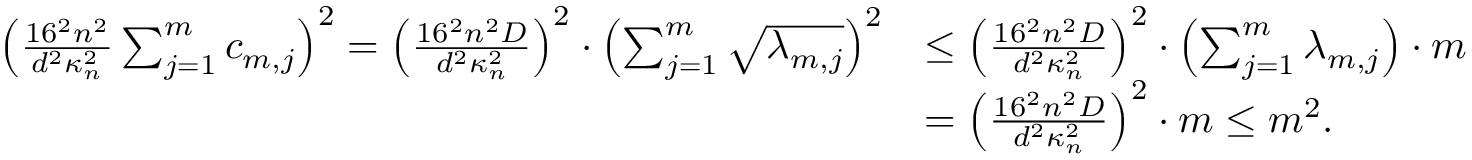
\begin{array} { r l } { \left( \frac { 1 6 ^ { 2 } n ^ { 2 } } { d ^ { 2 } \kappa _ { n } ^ { 2 } } \sum _ { j = 1 } ^ { m } c _ { m , j } \right) ^ { 2 } = \left( \frac { 1 6 ^ { 2 } n ^ { 2 } D } { d ^ { 2 } \kappa _ { n } ^ { 2 } } \right) ^ { 2 } \cdot \left( \sum _ { j = 1 } ^ { m } \sqrt { \lambda _ { m , j } } \right) ^ { 2 } } & { \leq \left( \frac { 1 6 ^ { 2 } n ^ { 2 } D } { d ^ { 2 } \kappa _ { n } ^ { 2 } } \right) ^ { 2 } \cdot \left( \sum _ { j = 1 } ^ { m } \lambda _ { m , j } \right) \cdot m } \\ & { = \left( \frac { 1 6 ^ { 2 } n ^ { 2 } D } { d ^ { 2 } \kappa _ { n } ^ { 2 } } \right) ^ { 2 } \cdot m \leq m ^ { 2 } . } \end{array}